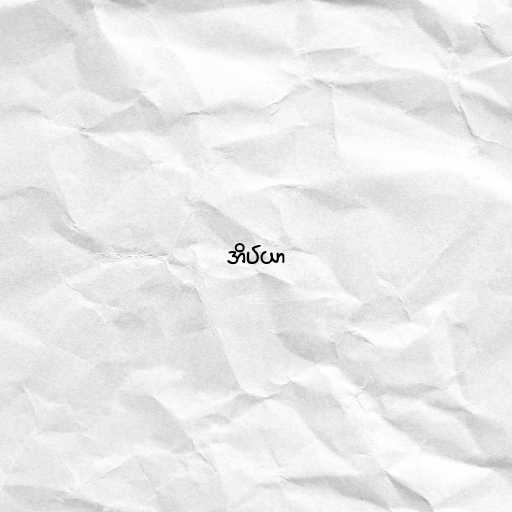
အိပ်ယာ